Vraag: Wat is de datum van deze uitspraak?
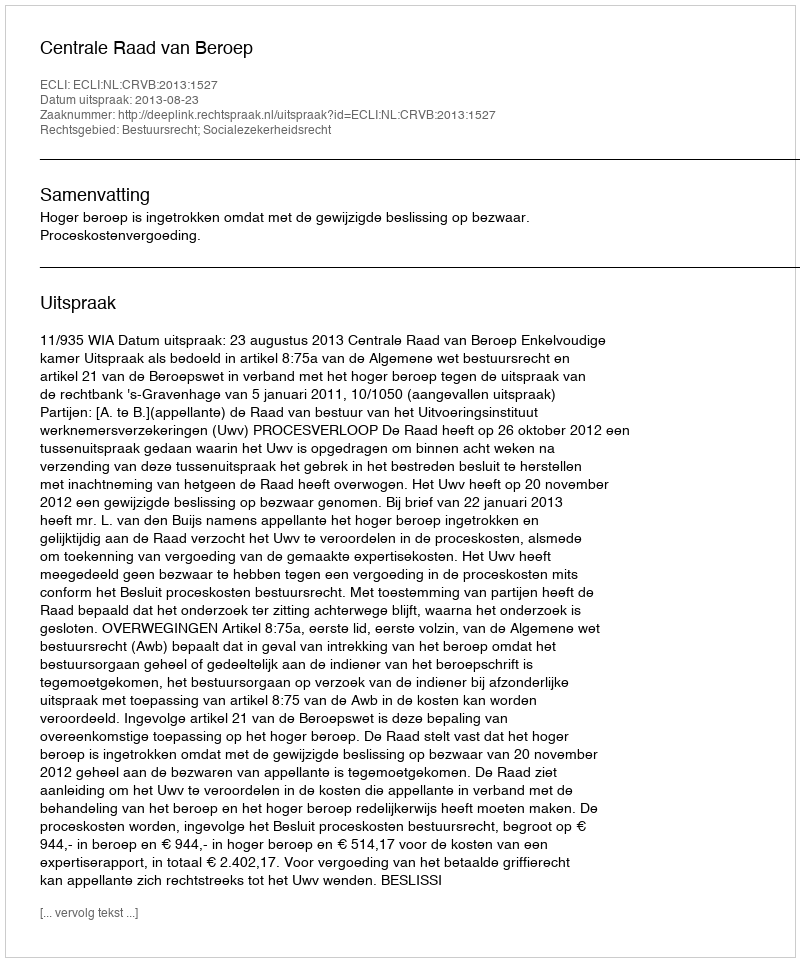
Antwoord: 2013-08-23